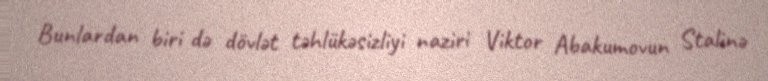
Bunlardan biri də dövlət təhlükəsizliyi naziri Viktor Abakumovun Stalinə